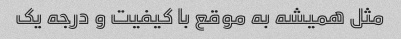
مثل همیشه به موقع با کیفیت و درجه یک